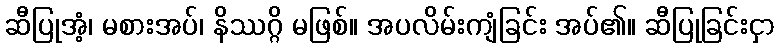
ဆီပြုအံ့၊ မစားအပ်၊ နိဿဂ္ဂိ မဖြစ်။ အပလိမ်းကျံခြင်း အပ်၏။ ဆီပြုခြင်းငှာ